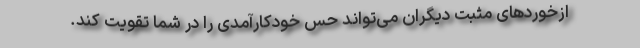
ازخوردهای مثبت دیگران می‌تواند حس خودکارآمدی را در شما تقویت کند.